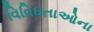
વિવિધતાઓના